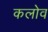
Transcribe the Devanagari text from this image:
कलोव